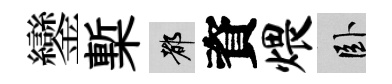
鑾槧都資煨卧